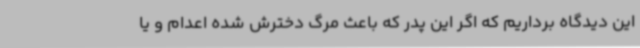
این دیدگاه برداریم که اگر این پدر که باعث مرگ دخترش شده اعدام و یا